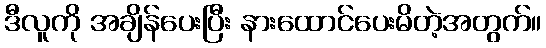
ဒီလူကို အချိန်ပေးပြီး နားထောင်ပေးမိတဲ့အတွက်။